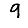
Digit: 9